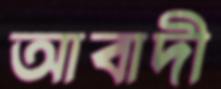
আবাদী